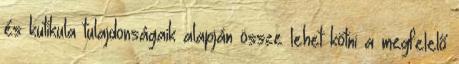
és kutikula tulajdonságaik alapján össze lehet kötni a megfelelő